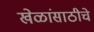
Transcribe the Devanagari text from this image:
खेळांसाठीचे